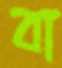
বা